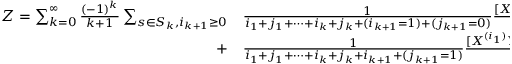
{ \begin{array} { r l } { Z = \sum _ { k = 0 } ^ { \infty } { \frac { ( - 1 ) ^ { k } } { k + 1 } } \sum _ { s \in S _ { k } , i _ { k + 1 } \geq 0 } } & { { } { \frac { 1 } { i _ { 1 } + j _ { 1 } + \cdots + i _ { k } + j _ { k } + ( i _ { k + 1 } = 1 ) + ( j _ { k + 1 } = 0 ) } } { \frac { [ X ^ { ( i _ { 1 } ) } Y ^ { ( j _ { 1 } ) } \cdots X ^ { ( i _ { k } ) } Y ^ { ( j _ { k } ) } X ^ { ( i _ { k + 1 } = 1 ) } Y ^ { ( j _ { k + 1 } = 0 ) } ] } { i _ { 1 } ! j _ { 1 } ! \cdots i _ { k } ! j _ { k } ! ( i _ { k + 1 } = 1 ) ! ( j _ { k + 1 } = 0 ) ! } } } \\ { + } & { { } { \frac { 1 } { i _ { 1 } + j _ { 1 } + \cdots + i _ { k } + j _ { k } + i _ { k + 1 } + ( j _ { k + 1 } = 1 ) } } { \frac { [ X ^ { ( i _ { 1 } ) } Y ^ { ( j _ { 1 } ) } \cdots X ^ { ( i _ { k } ) } Y ^ { ( j _ { k } ) } X ^ { ( i _ { k + 1 } ) } Y ^ { ( j _ { k + 1 } = 1 ) } ] } { i _ { 1 } ! j _ { 1 } ! \cdots i _ { k } ! j _ { k } ! i _ { k + 1 } ! ( j _ { k + 1 } = 1 ) ! } } , \quad i _ { r } , j _ { r } \geq 0 , \quad i _ { r } + j _ { r } > 0 , \quad 1 \leq r \leq k } \end{array} } .